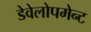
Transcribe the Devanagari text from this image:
डेवेलोपमेन्ट